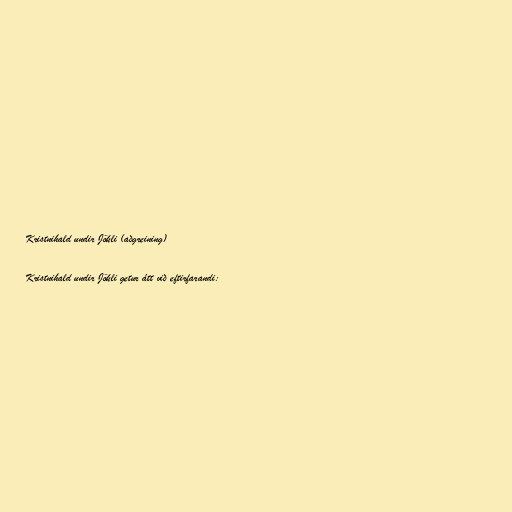
Kristnihald undir Jökli (aðgreining)

Kristnihald undir Jökli getur átt við eftirfarandi: